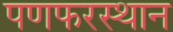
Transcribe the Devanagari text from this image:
पणफरस्थान